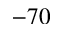
- 7 0